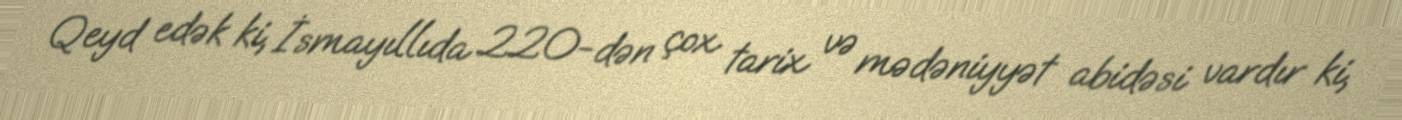
Qeyd edək ki, İsmayıllıda 220-dən çox tarix və mədəniyyət abidəsi vardır ki,